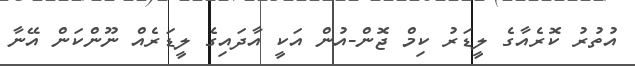
އުތުރު ކޮރެއާގެ ލީޑަރު ކިމް ޖޮން-އުން އަކީ އާދައިގެ ލީޑަރެއް ނޫންކަން އޭނާ